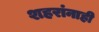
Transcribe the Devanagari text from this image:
शहरांनाही